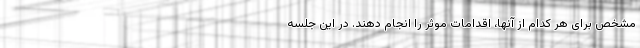
مشخص برای هر کدام از آنها، اقدامات موثر را انجام دهند. در این جلسه